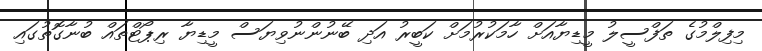
މިފިލްމުގެ ތަފްސީލު މީޑިޔާއަށް ހާމަކުރުމަށް ކަބީރު އަދި ބޭނުންނުވިޔަސް މީޑިޔާ ރިޕޯޓްތައް ބުނާގޮތުގައި